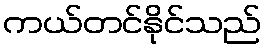
ကယ်တင်နိုင်သည်